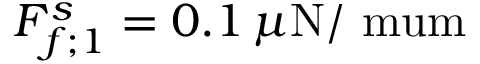
F _ { f ; 1 } ^ { s } = 0 . 1 \, \mu \mathrm { N / \ m u m }